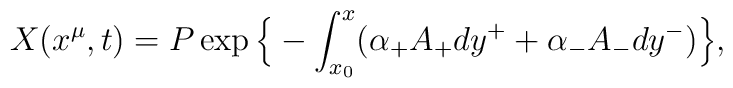
X (x^\mu, t) = P \exp \Big\{ - \int_{x_{0}}^x (\alpha_+ A_+ dy^++ \alpha_- A_- dy^-)\Big\},